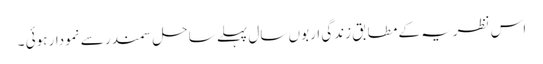
اس نظریہ کے مطابق زندگی اربوں سال پہلے ساحل سمندر سے نمودار ہوئی ۔